Report of the Lahore Medical School Hospital
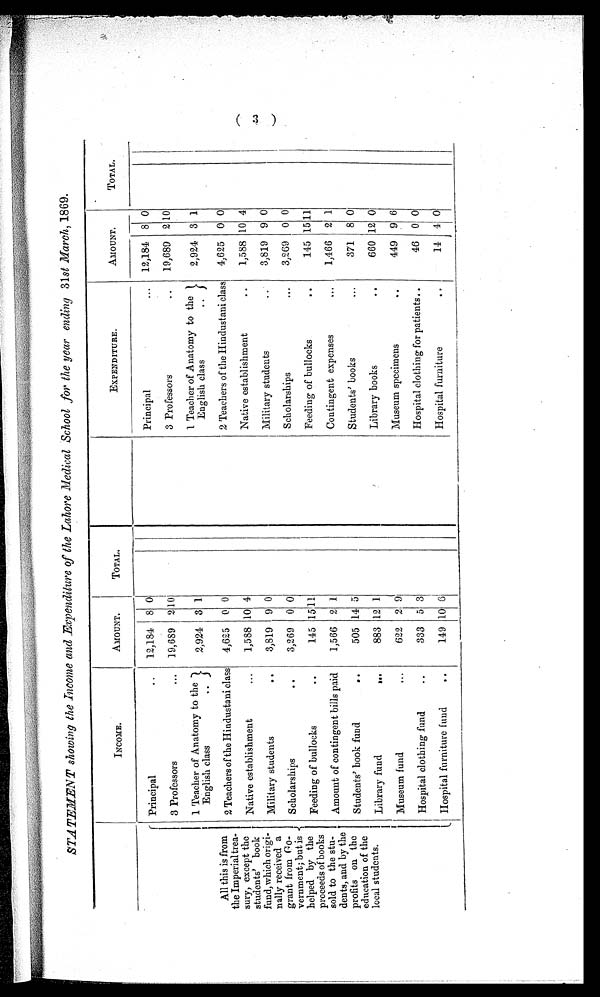
STATEMENT showing the Income and Expenditure of the Lahore Medical School for the year ending 31st March, 1869.
INCOME.
AMOUNT.
TOTAL.
EXPENDITURE.
AMOUNT.
TOTAL.
All this is from
the Imperialtrea
-
sury, except the
students' book
fund, which origi-
nally received a
grant from Go-
vernment; but is
helped by the
proceeds of books
sold to the stu-
dents, and by the
profits on the
education of the
local students.
Principal . . .
12,184 8 0
Principal . . .
12,184 8 0
3 Professors . . .
19,689 2 10
3 Professors . . .
19,689 2 10
1 Teacher of Anatomy to the
English class . . .
2,924 3 1
1 Teacher of Anatomy to the
English class . . .
2,924 3 1
2 Teachers of the Hindustani class 4,625 0 0
2 Teachers of the Hindustani class 4,625 0 0
Native establishment . . .
1,588 10 4
Native establishment . . .
1,588 10 4
Military students . . .
3,819 9 0
Military students . . .
3,819 9 0
Scholarships . . .
3,269 0 0
Scholarships . . .
3,269 0 0
Feeding of bullocks . . .
145 15 1 1
Feeding of bullocks
145 15 11
Amount of contingent bills paid
1,566 2 1
Contingent expenses . . .
1,466 2 1
Students' book fund . . .
505 14 5
Students' books . . .
371 8 0
Library fund . . .
883 12 1
Library books . . .
660 12 0
Museum fund . . .
622 2 9
Museum specimens . . .
449 9 6
Hospital clothing fund . . .
333 5 3
Hospital clothing for patients . . .
46 0 0
Hospital furniture fund . . .
149 10 6
Hospital furniture . . .
14 4 0
( 3 )